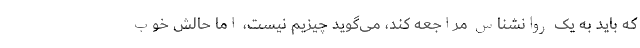
که باید به یک روانشناس مراجعه کند، می‌گوید چیزیم نیست، اما حالش خوب